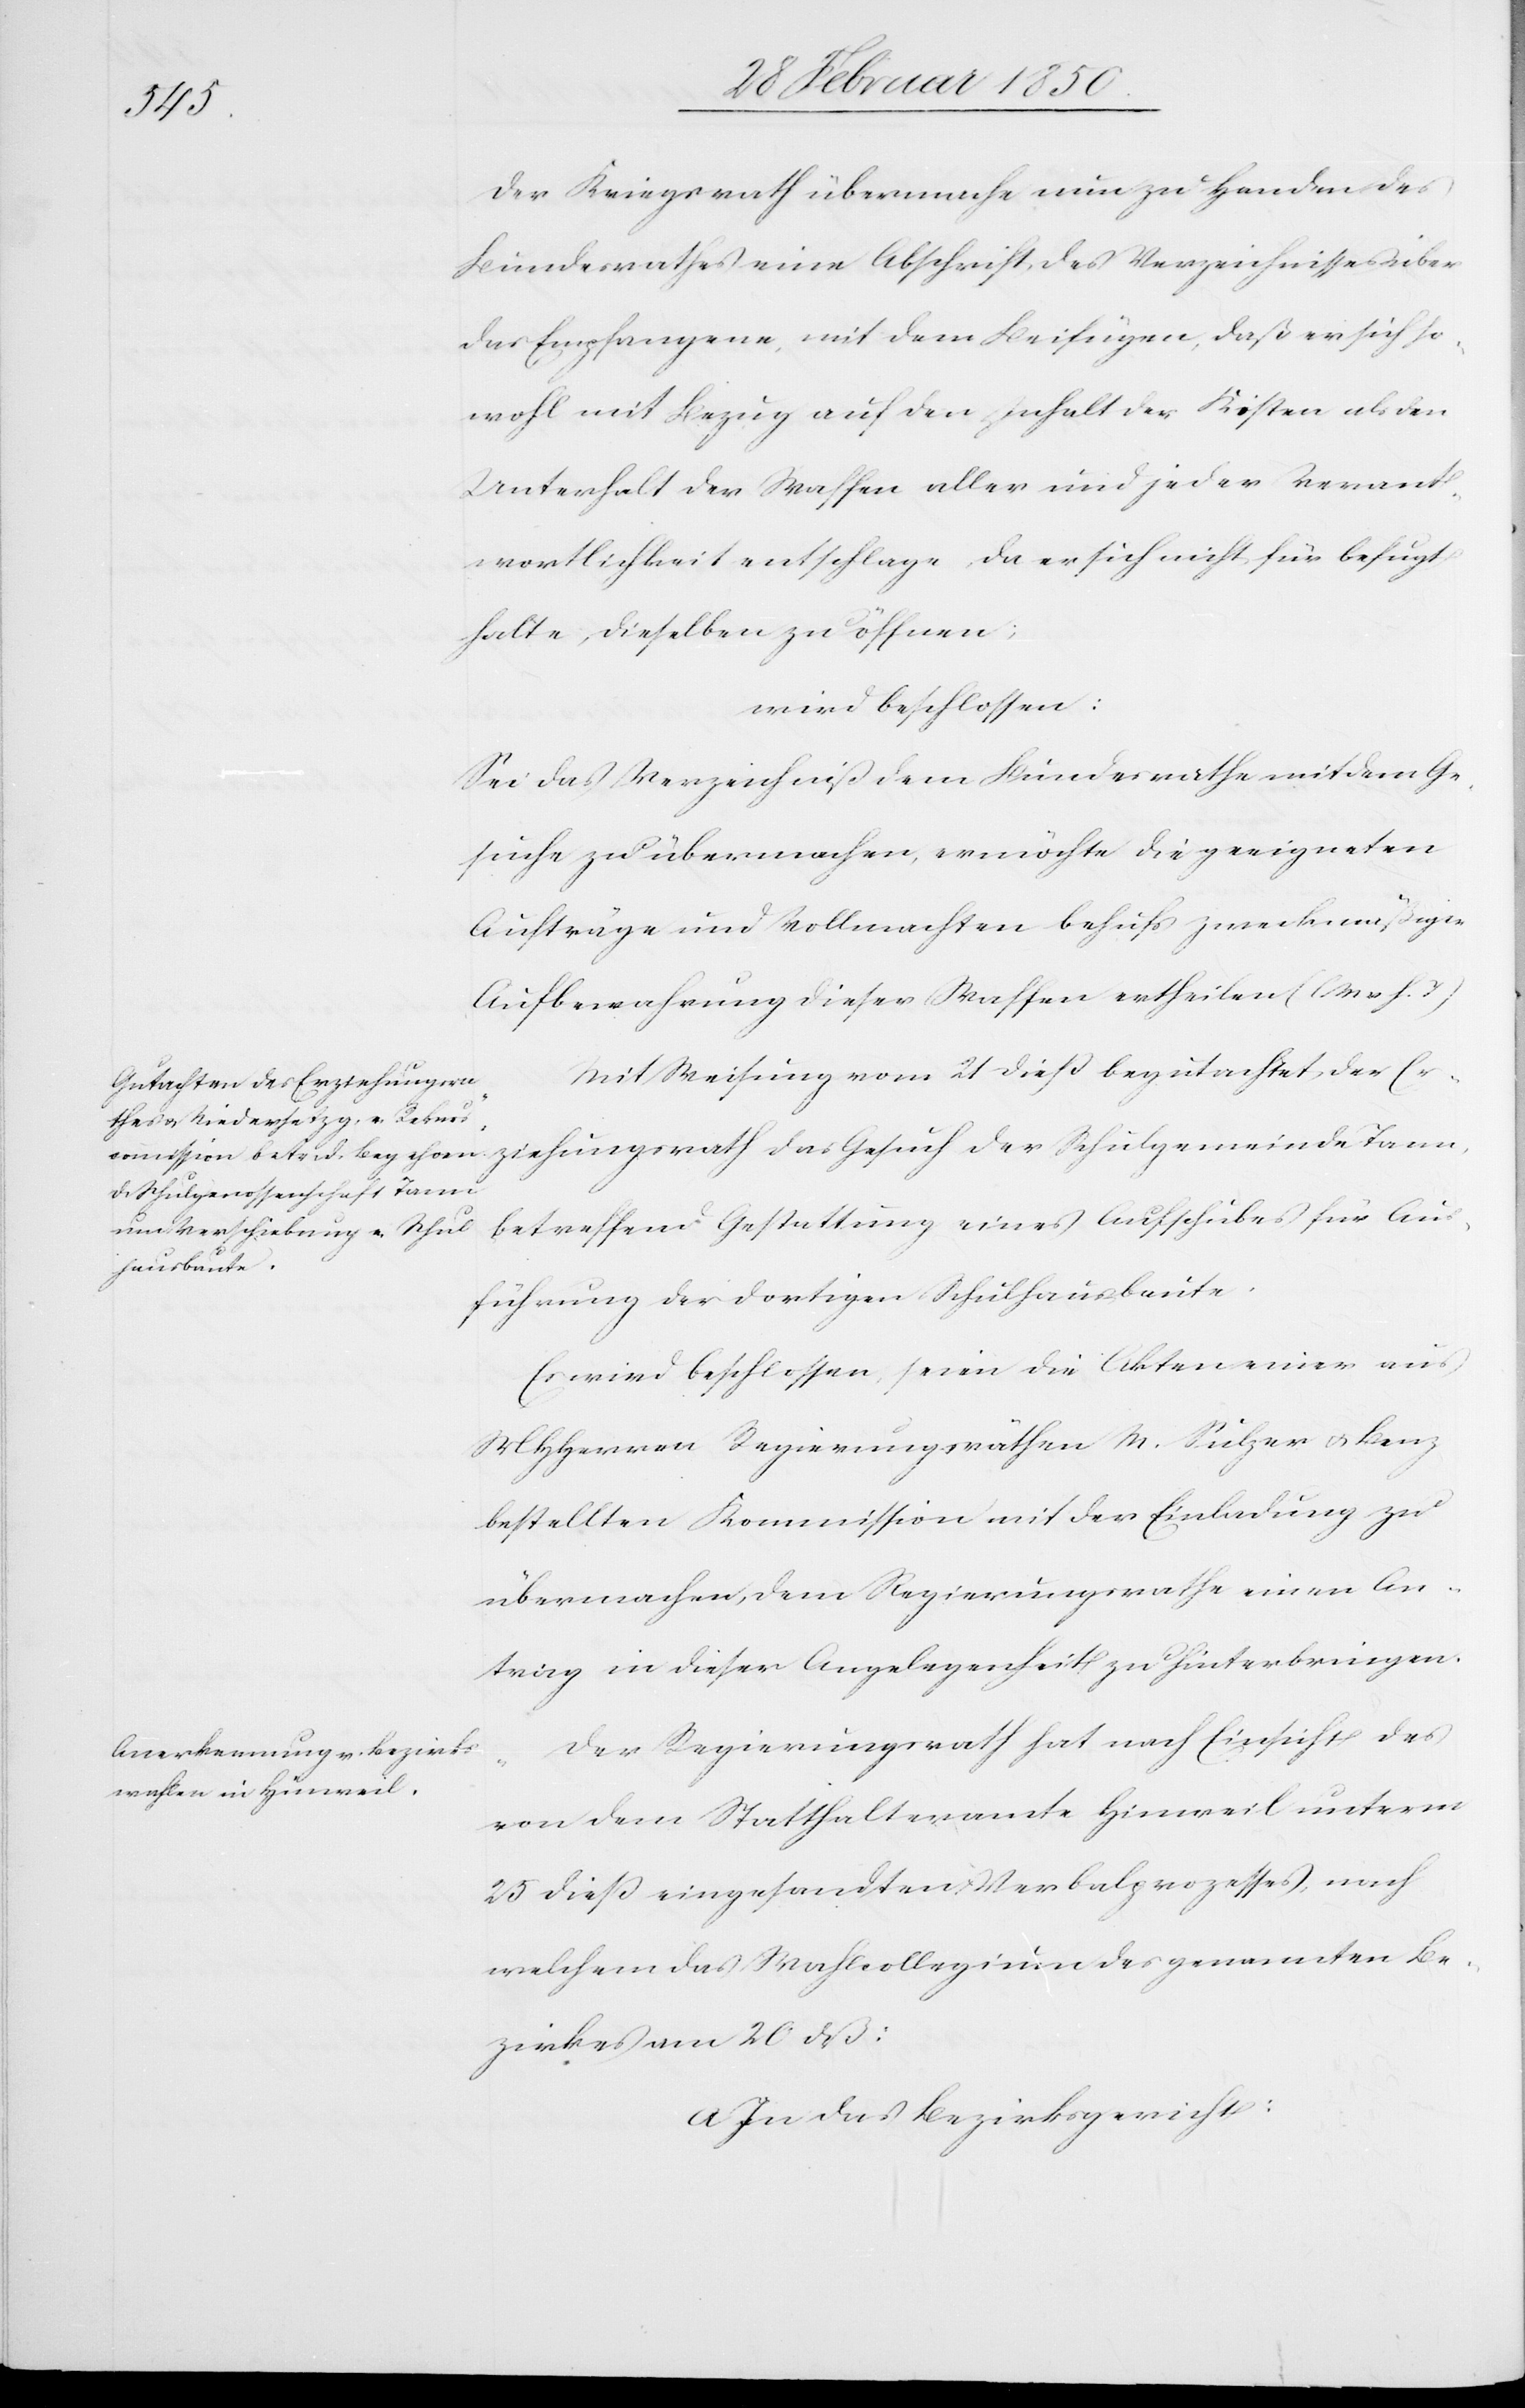
Der Kriegsrath übermache nun zu Handen des
Bundesrathes eine Abschrift des Verzeichnisses über
das Empfangene, mit dem Beifügen, daß er sich so¬
wohl mit Bezug auf den Inhalt der Kisten als den
Unterhalt der Waffen aller und jeder Verant¬
wortlichkeit entschlage, da er sich nicht für befugt
halte, dieselben zu öffnen;
wird beschloßen:
Sei das Verzeichniß dem Bundesrathe mit dem Ge¬
suche zu übermachen, er möchte die geeigneten
Aufträge und Vollmachten behufs zweckmäßiger
Aufbewahrung dieser Waffen ertheilen (l. M. v. h. T.)
Mit Weisung vom 21 dieß begutachtet der Er¬
ziehungsrath das Gesuch der Schulgemeinde Tann
betreffend Gestattung eines Aufschubes für Aus¬
führung der dortigen Schulhausbaute.
Es wird beschloßen, seien die Akten einer aus
MHHerren Regierungsräthen M. Sulzer u. Benz
bestellten Kommission mit der Einladung zu
übermachen, dem Regierungsrathe einen An¬
trag in dieser Angelegenheit zu hinterbringen.
Der Regierungsrath hat nach Einsicht des
von dem Statthalteramte Hinweil unterm
25 dieß eingesandten Verbalprozesses, nach
welchem das Wahlcollegium des genannten Be¬
zirkes am 20 dß:
A In das Bezirksgericht: